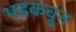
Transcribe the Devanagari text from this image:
भडकवून